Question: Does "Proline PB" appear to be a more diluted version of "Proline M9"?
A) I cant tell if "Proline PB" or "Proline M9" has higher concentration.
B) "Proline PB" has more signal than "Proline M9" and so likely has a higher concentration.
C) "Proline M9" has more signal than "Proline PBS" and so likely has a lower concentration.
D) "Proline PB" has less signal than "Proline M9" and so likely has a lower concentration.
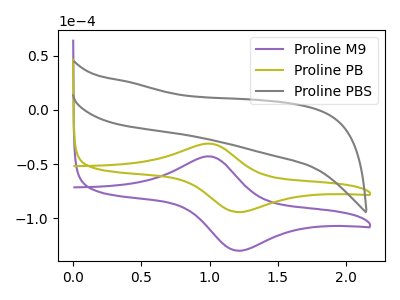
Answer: <think>The purple curve "Proline M9" has an anodic peak at (1.00V, -42.90uA) and a cathodic peak at (1.20V, -129.90uA). The olive curve "Proline PB" has an anodic peak at (1.00V, -31.15uA) and a cathodic peak at (1.20V, -94.30uA). The gray curve "Proline PBS" has no peaks.
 All the peaks in "Proline PB" have a peak in "Proline M9" at the same potential.</think>
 <answer>A) I cant tell if "Proline PB" or "Proline M9" has higher concentration.</answer>
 <eval>A</eval>